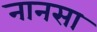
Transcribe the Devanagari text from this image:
नानसा